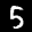
Label: 5